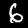
Digit: 6